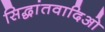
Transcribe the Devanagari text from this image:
सिद्धांतवादिओ